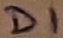
Text: D1